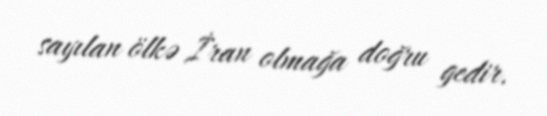
sayılan ölkə İran olmağa doğru gedir.